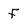
Character: F